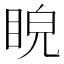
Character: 𥆒